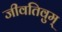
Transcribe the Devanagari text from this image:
जीवतिवुम्